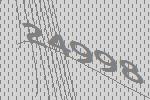
24998